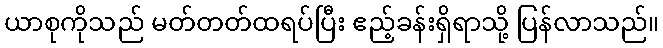
ယာစုကိုသည် မတ်တတ်ထရပ်ပြီး ဧည့်ခန်းရှိရာသို့ ပြန်လာသည်။